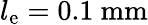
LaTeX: l_{\mathrm{e}}=0.1\ \mathrm{mm}